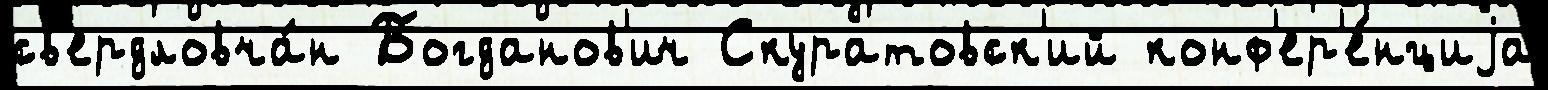
св'ердловча́н Богданов'ич Скуратовск'ий конф'ер'е́нциjа